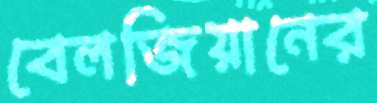
বেলজিয়ানের